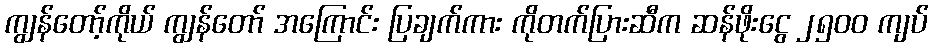
ကျွန်တော့်ကိုယ် ကျွန်တော် အကြောင်း ပြချက်ကား ကိုတက်ပြားဆီက ဆန်ဖိုးငွေ ၂၅၀၀ ကျပ်